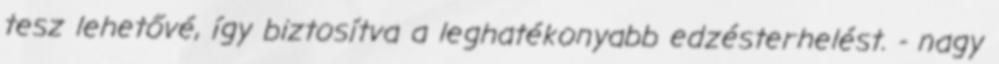
tesz lehetővé, így biztosítva a leghatékonyabb edzésterhelést. - nagy